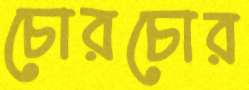
চোরচোর